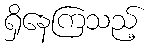
ရှိနေကြသည့်